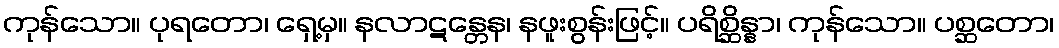
ကုန်သော။ ပုရတော၊ ရှေ့မှ။ နလာဋန္တေန၊ နဖူးစွန်းဖြင့်။ ပရိစ္ဆိန္နာ၊ ကုန်သော။ ပစ္ဆတော၊